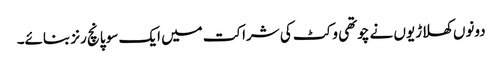
دونوں کھلاڑیوں نے چوتھی وکٹ کی شراکت میں ایک سو پانچ رنز بنائے۔